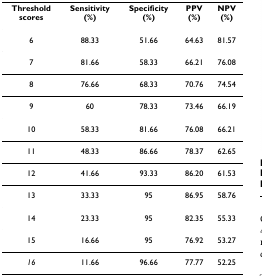
| Thresholdscores | Sensitivity(%) | Specificity(%) | PPV(%) | NPV(%) |
 | --- | --- | --- | --- | --- |
 | 6 | 88.33 | 51.66 | 64.63 | 81.57 |
 | 7 | 81.66 | 58.33 | 66.21 | 76.08 |
 | 8 | 76.66 | 68.33 | 70.76 | 74.54 |
 | 9 | 60 | 78.33 | 73.46 | 66.19 |
 | 10 | 58.33 | 81.66 | 76.08 | 66.21 |
 | 11 | 48.33 | 86.66 | 78.37 | 62.65 |
 | 12 | 41.66 | 93.33 | 86.20 | 61.53 |
 | 13 | 33.33 | 95 | 86.95 | 58.76 |
 | 14 | 23.33 | 95 | 82.35 | 55.33 |
 | 15 | 16.66 | 95 | 76.92 | 53.27 |
 | 16 | 11.66 | 96.66 | 77.77 | 52.25 |